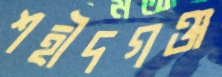
শহীদগঞ্জ